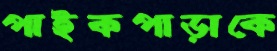
পাইকপাড়াকে